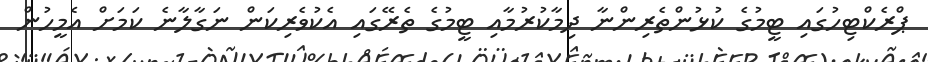
ޕްރެކްޓިހުގައި ޓީމުގެ ކުޅުންތެރިންނާ ދިމާކުރުމާއި ޓީމުގެ ތެރޭގައި އެކުވެރިކަން ނަގާލާނެ ކަމަށް އެމީހުން